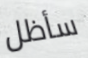
سأظل